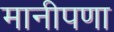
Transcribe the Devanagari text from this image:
मानीपणा